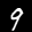
Label: 9